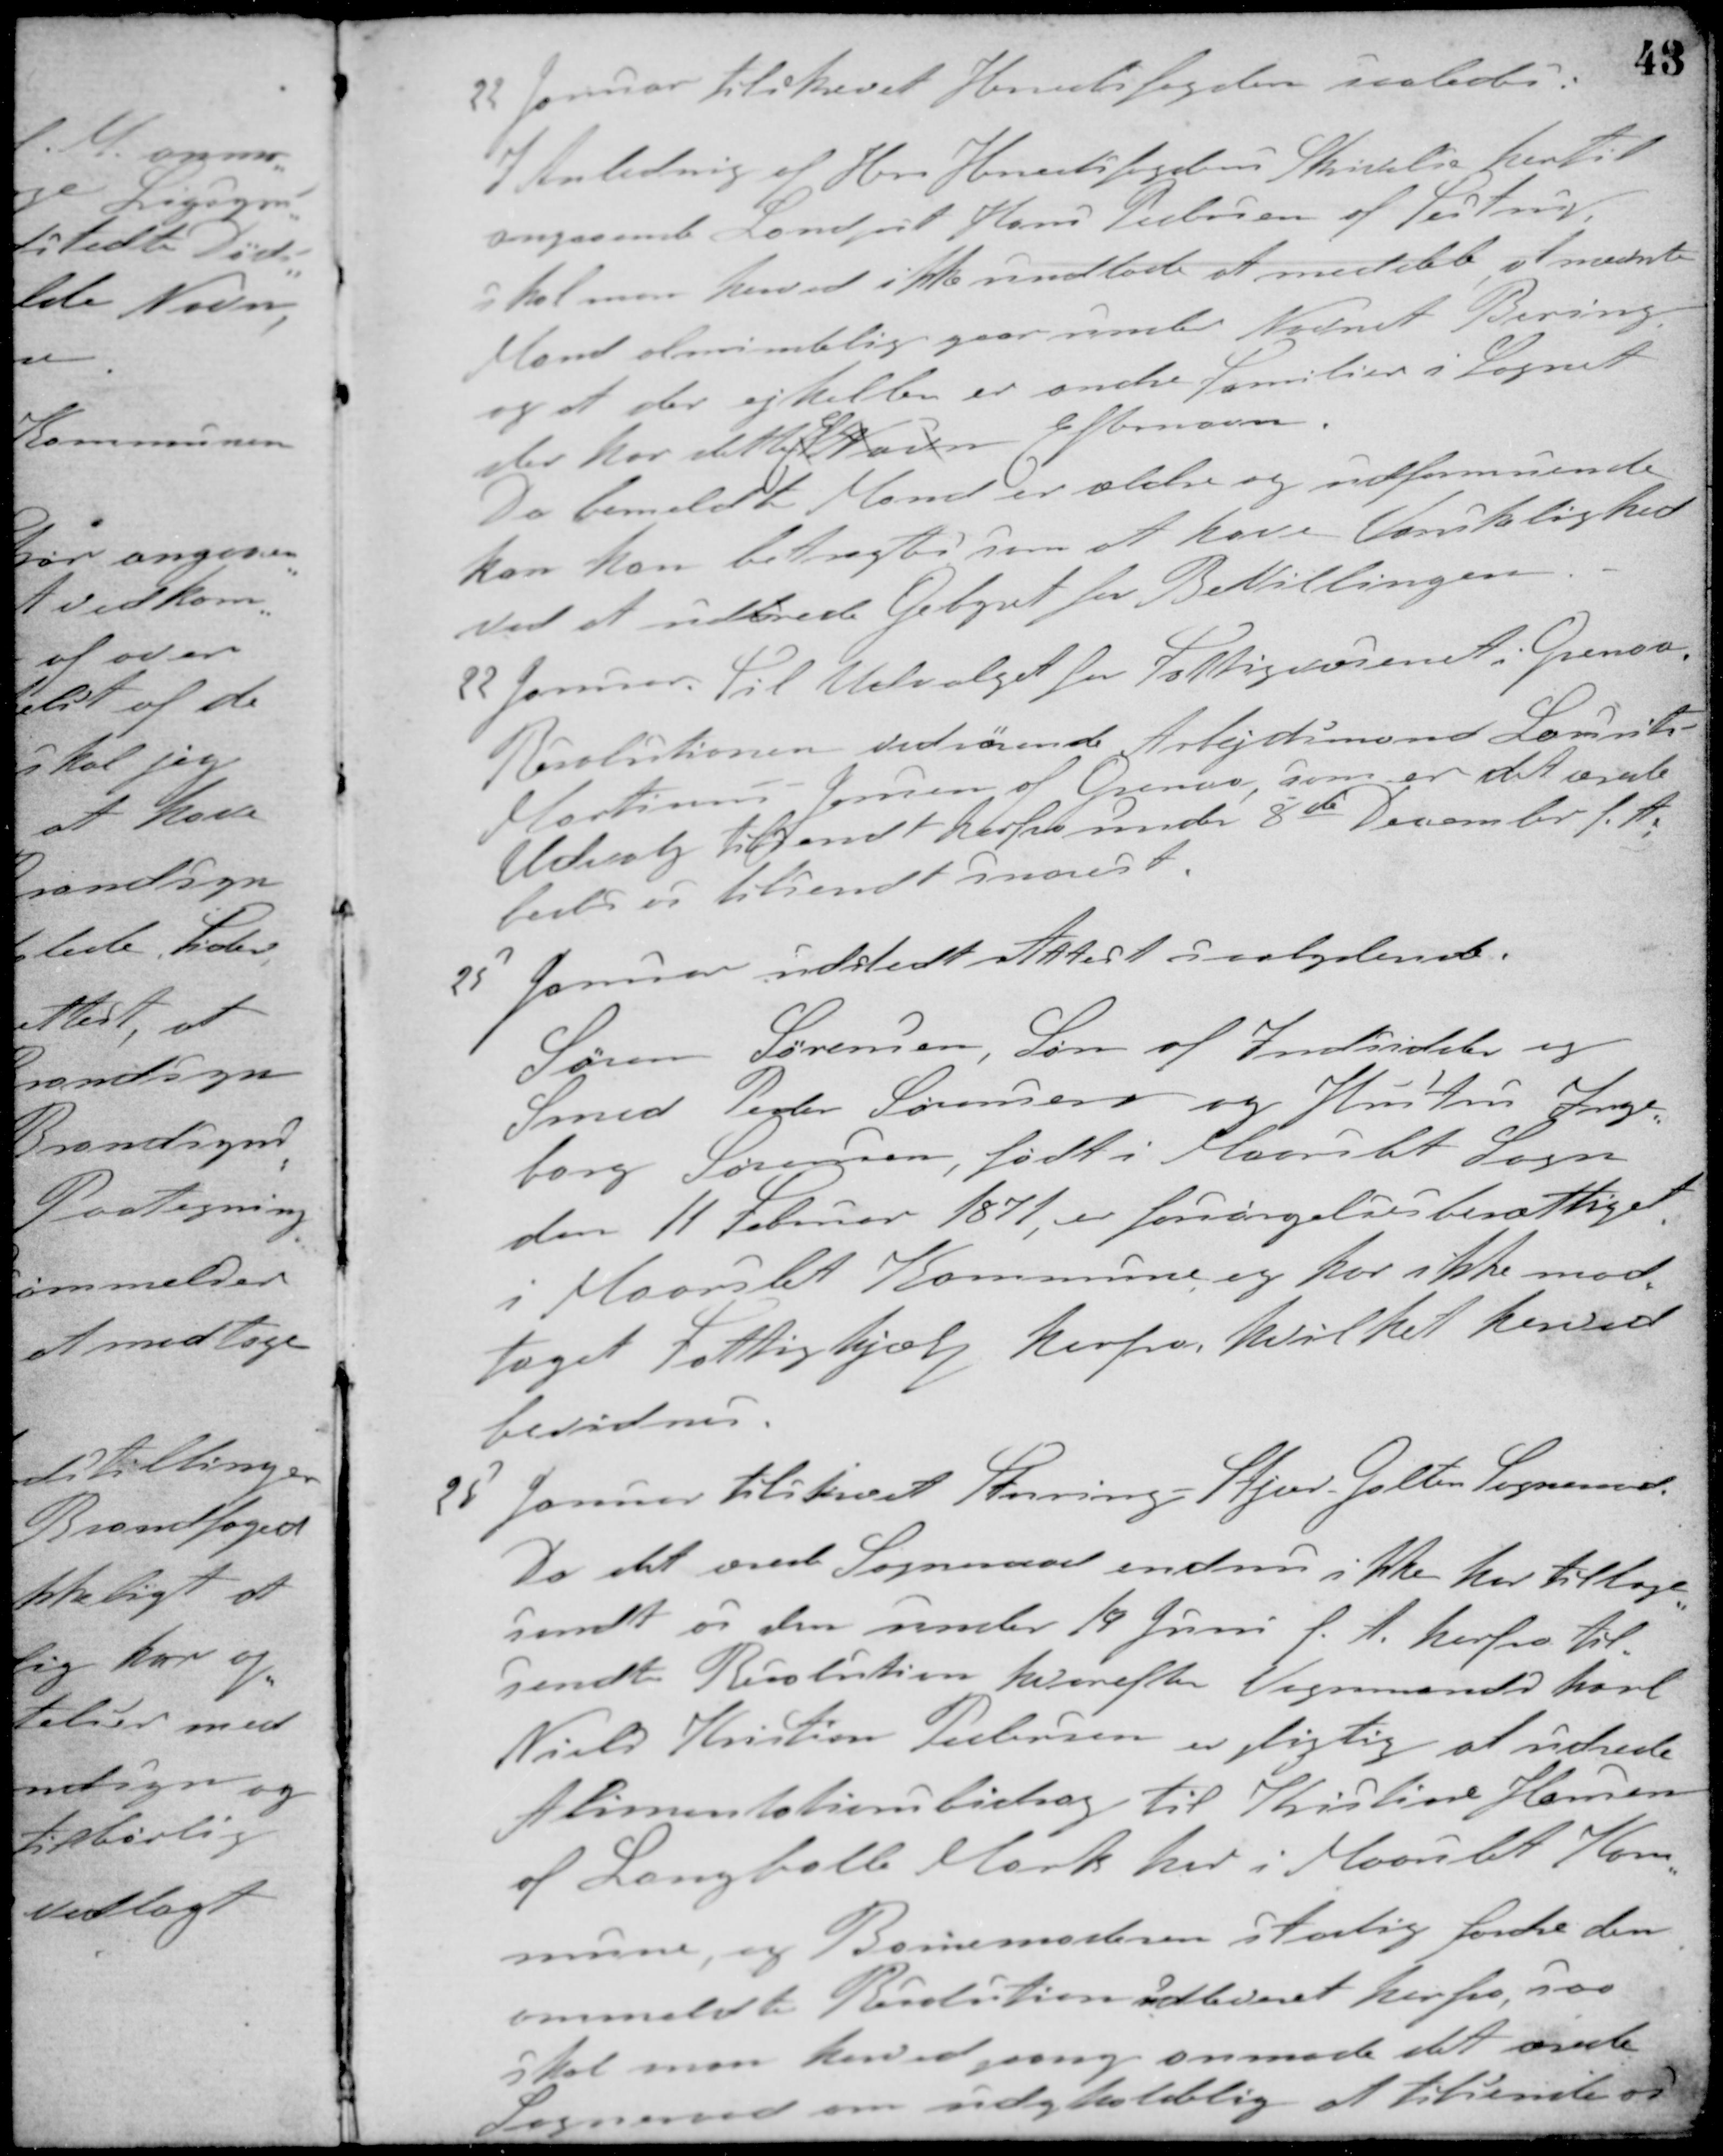
Transskription:
22 Januar tilskrevet Herredsfogden saaledes:
I Anledning af Herr Herredsfogdens Skrivelse hertil
angaaende Landmd. Hans Pedersen af Testrup,
skal man herved ikke undlade at meddele at nævnte
Mand almindelig gaar under Navnet Bering,
og at der ejheller er andre Familier i Sognet
der har det EfteNavn Efternavn.
Da bemeldt Mand er ældre og udformuende
kan han betragtes som at have Vanskelighed
ved at udbrede Gebyret for Bevillingen.
22 Januar. Til Udvalget for Fattigvæsenet i Grenaa.
Resolutionen vedrørende Arbejdsmand Laurits
Martinus Jensen af Grenaa, som er det ærede
Udvalg tilsendt herfra under 8de December f. A.
bedes tilsendt snarest.
25 Januar udstedt Attest saalydende.
Søren Sørensen, Søn af Indsidder og
Smed Peder Sørensen og Hustru Inge-
borg Sørensen, født i Maarslet sogn
den 11 Februar 1871, er forsørgelsesberettiget
i Maarslet Kommune og har ikke mod-
taget Fattighjælp herfra, hvilket herved
bevidnes.
28 Januar tilskrevet Storing-Stjær-Galten Sogneraad.
Da det ærede Sogneraad endnu ikke har tilbage-
sendt os den under 19 Juni f. A. herfra til-
sendte Resolution hvorefter Vognmandskarl
Niels Kristian Pedersen er pligtig at udrede
Alimentationsbidrag til Kristine Hansen
af Langballe Mark her i Maarslet Kom-
mune, og Barnemoderen stadig fordre den
ommeldte Resolution udleveret herfra, saa
skal man herved gang anmode det ærede
Sogneraad om udgholdelig at tilsende os